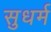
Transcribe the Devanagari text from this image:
सुधर्म